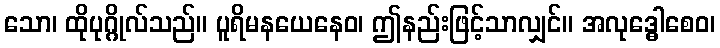
သော၊ ထိုပုဂ္ဂိုလ်သည်။ ပူရိမနယေနေဝ၊ ဤနည်းဖြင့်သာလျှင်။ အလုဒ္ဓေါစေဝ၊